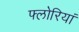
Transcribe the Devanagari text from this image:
फ्लोरियां